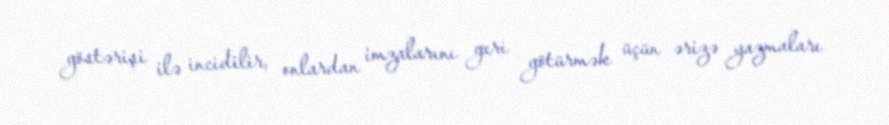
göstərişi ilə incidilir, onlardan imzalarını geri götürmək üçün ərizə yazmaları